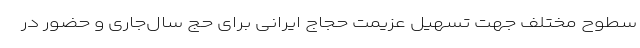
سطوح مختلف جهت تسهیل عزیمت حجاج ایرانی برای حج سال‌جاری و حضور در